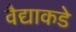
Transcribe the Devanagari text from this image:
वैद्याकडे